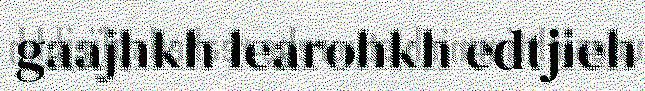
gaajhkh learohkh edtjieh